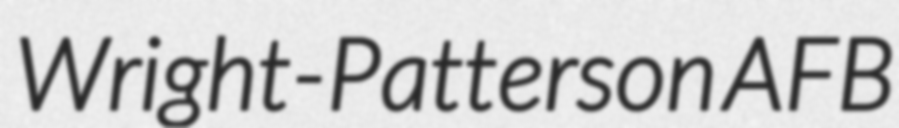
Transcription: Wright-Patterson AFB